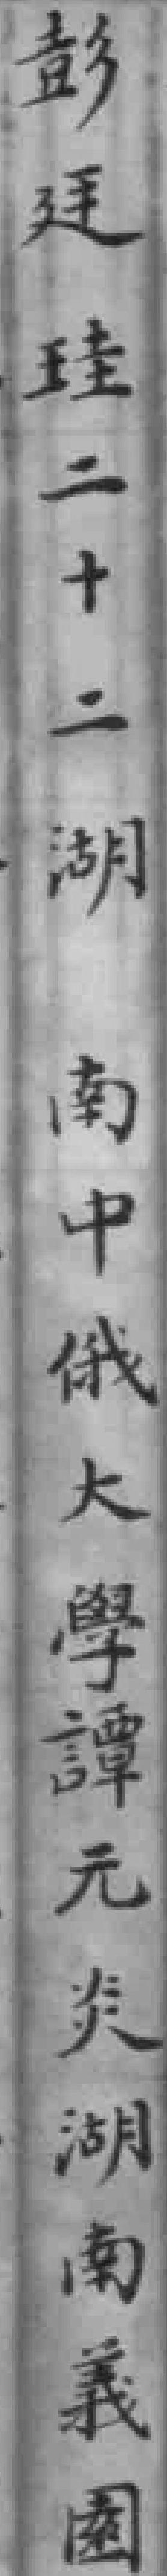
彭廷珪二十二湖南中俄大學譚元炎湖南義園